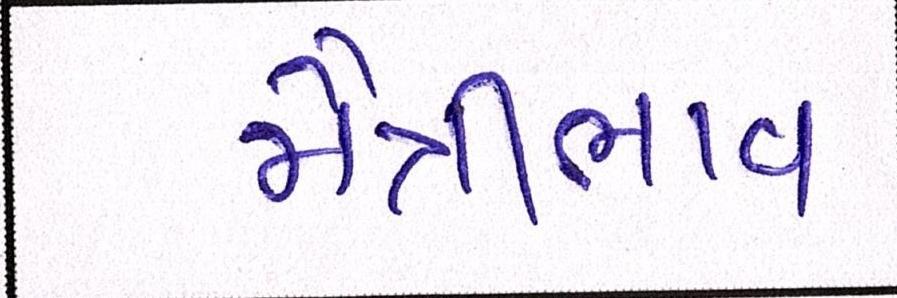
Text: મૈત્રીભાવ